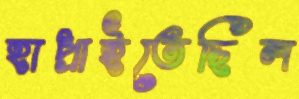
হাপ্‌রাইতেছিল